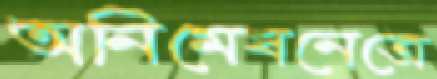
অনিমেষনেত্রে